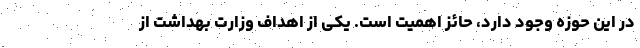
در این حوزه وجود دارد، حائز اهمیت است. یکی از اهداف وزارت بهداشت از